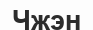
Чжэн